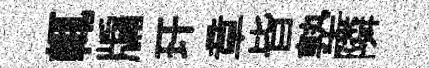
輒牖玕章皆塾隣